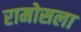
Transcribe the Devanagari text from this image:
रामोसला